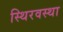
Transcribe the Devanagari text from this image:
स्थिरवस्था